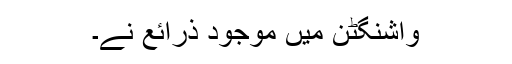
واشنگٹن میں موجود ذرائع نے۔